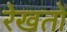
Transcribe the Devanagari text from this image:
रेखतों